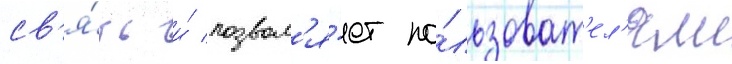
св'я́зь и́ позвол'я́ет по́льзоват'ел'ям